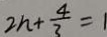
2 n + \frac { 4 } { 3 } = 1